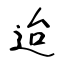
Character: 迨